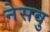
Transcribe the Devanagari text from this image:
नेसवु